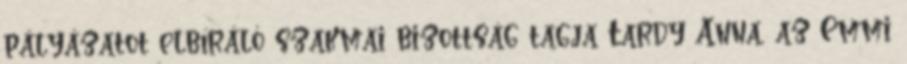
pályázatot elbíráló szakmai bizottság tagja Tardy Anna, az Emmi